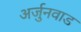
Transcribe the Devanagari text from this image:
अर्जुनवाड